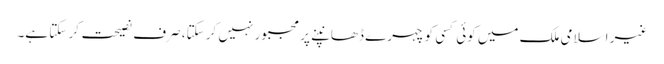
غیر اسلامی ملک میں کوئی کسی کو چہرے ڈھانپنے پر مجبور نہیں کر سکتا، صرف نصیحت کر سکتا ہے۔